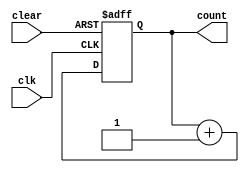
module contador_crescente_5bits (output [4:0] count, input clk, input clear);
  reg [4:0] count;

  always @(posedge clk or posedge clear) begin
    if (clear)
      count <= 5'b00000; // Inicializa com 0 (decimal)
    else
      count <= count + 1;
  end
endmodule